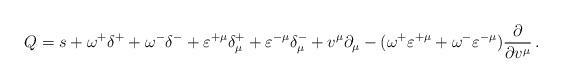
LaTeX: \begin{align*}Q=s+\omega ^{+}\delta ^{+}+\omega ^{-}\delta ^{-}+\varepsilon ^{+\mu }\delta_\mu ^{+}+\varepsilon ^{-\mu }\delta _\mu ^{-}+v^\mu \partial _\mu -(\omega^{+}\varepsilon ^{+\mu }+\omega ^{-}\varepsilon ^{-\mu })\frac \partial{\partial v^\mu }\,. \end{align*}